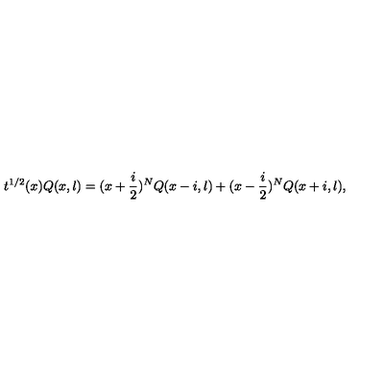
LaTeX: t ^ { 1 / 2 } ( x ) Q ( x , l ) = ( x + \frac { i } { 2 } ) ^ { N } Q ( x - i , l ) + ( x - \frac { i } { 2 } ) ^ { N } Q ( x + i , l ) ,